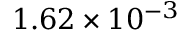
1 . 6 2 \times 1 0 ^ { - 3 }